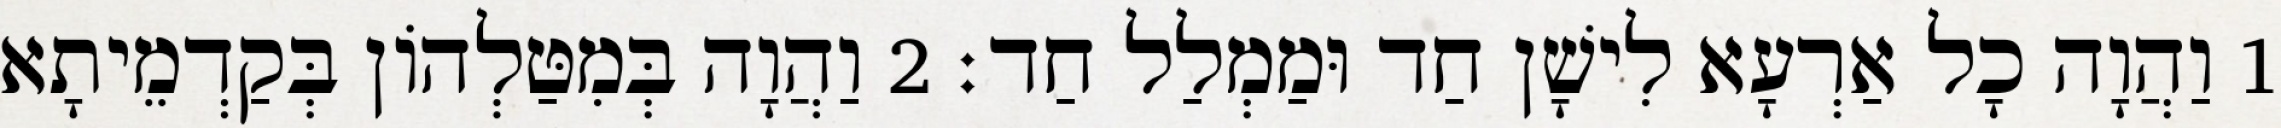
1 וַהֲוָה כָל אַרְעָא לִישָׁן חַד וּמַמְלַל חַד׃ 2 וַהֲוָה בְּמִטַּלְהוֹן בְּקַדְמֵיתָא